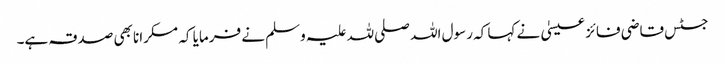
جسٹس قاضی فائز عیسیٰ نے کہا کہ رسول اللہ صلی للہ علیہ وسلم نے فرمایا کہ مسکرانا بھی صدقہ ہے۔